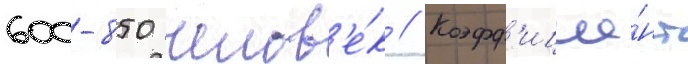
600-850 челов'е́к // Коэфф'ицие́нт